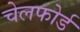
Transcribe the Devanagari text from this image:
चेलफोर्ड